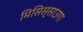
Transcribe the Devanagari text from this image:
मिसिस्साउगा